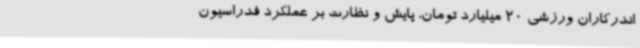
اندرکاران ورزشی 20 میلیارد تومان، پایش و نظارت بر عملکرد فدراسیون